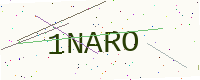
Text: 1NARO